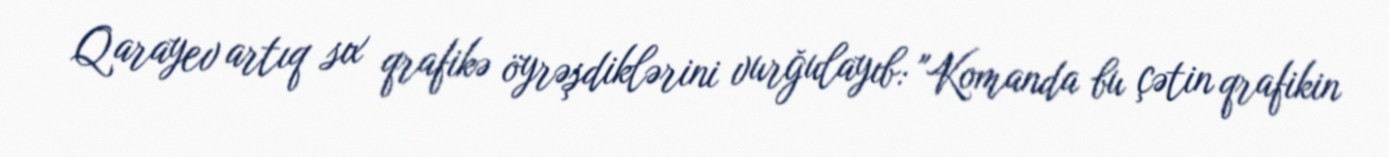
Qarayev artıq sıx qrafikə öyrəşdiklərini vurğulayıb: "Komanda bu çətin qrafikin